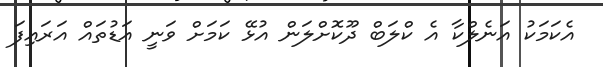
އެކަމަކު އަނެލްކާ އެ ކްލަބް ދޫކޮށްލަން އުޅޭ ކަމަށް ވަނީ އަޑުތައް އަރައިފަ